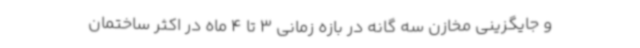
و جایگزینی مخازن سه گانه در بازه زمانی 3 تا 4 ماه در اکثر ساختمان